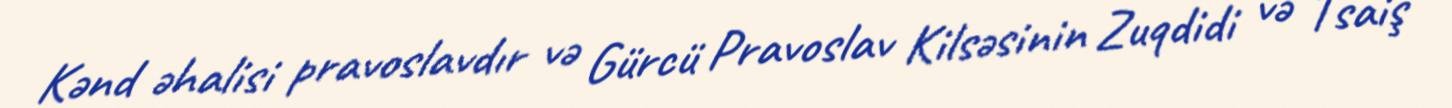
Kənd əhalisi pravoslavdır və Gürcü Pravoslav Kilsəsinin Zuqdidi və Tsaiş